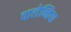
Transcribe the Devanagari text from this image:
वालेन्तिया